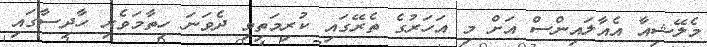
މެލޭޝިއާ އެއާލައިންސް އަށް މި އަހަރުގެ ތެރޭގައި ކުރިމަތިވި ދެވަނަ ހިތާމަވެރި ހާދިސާގައި